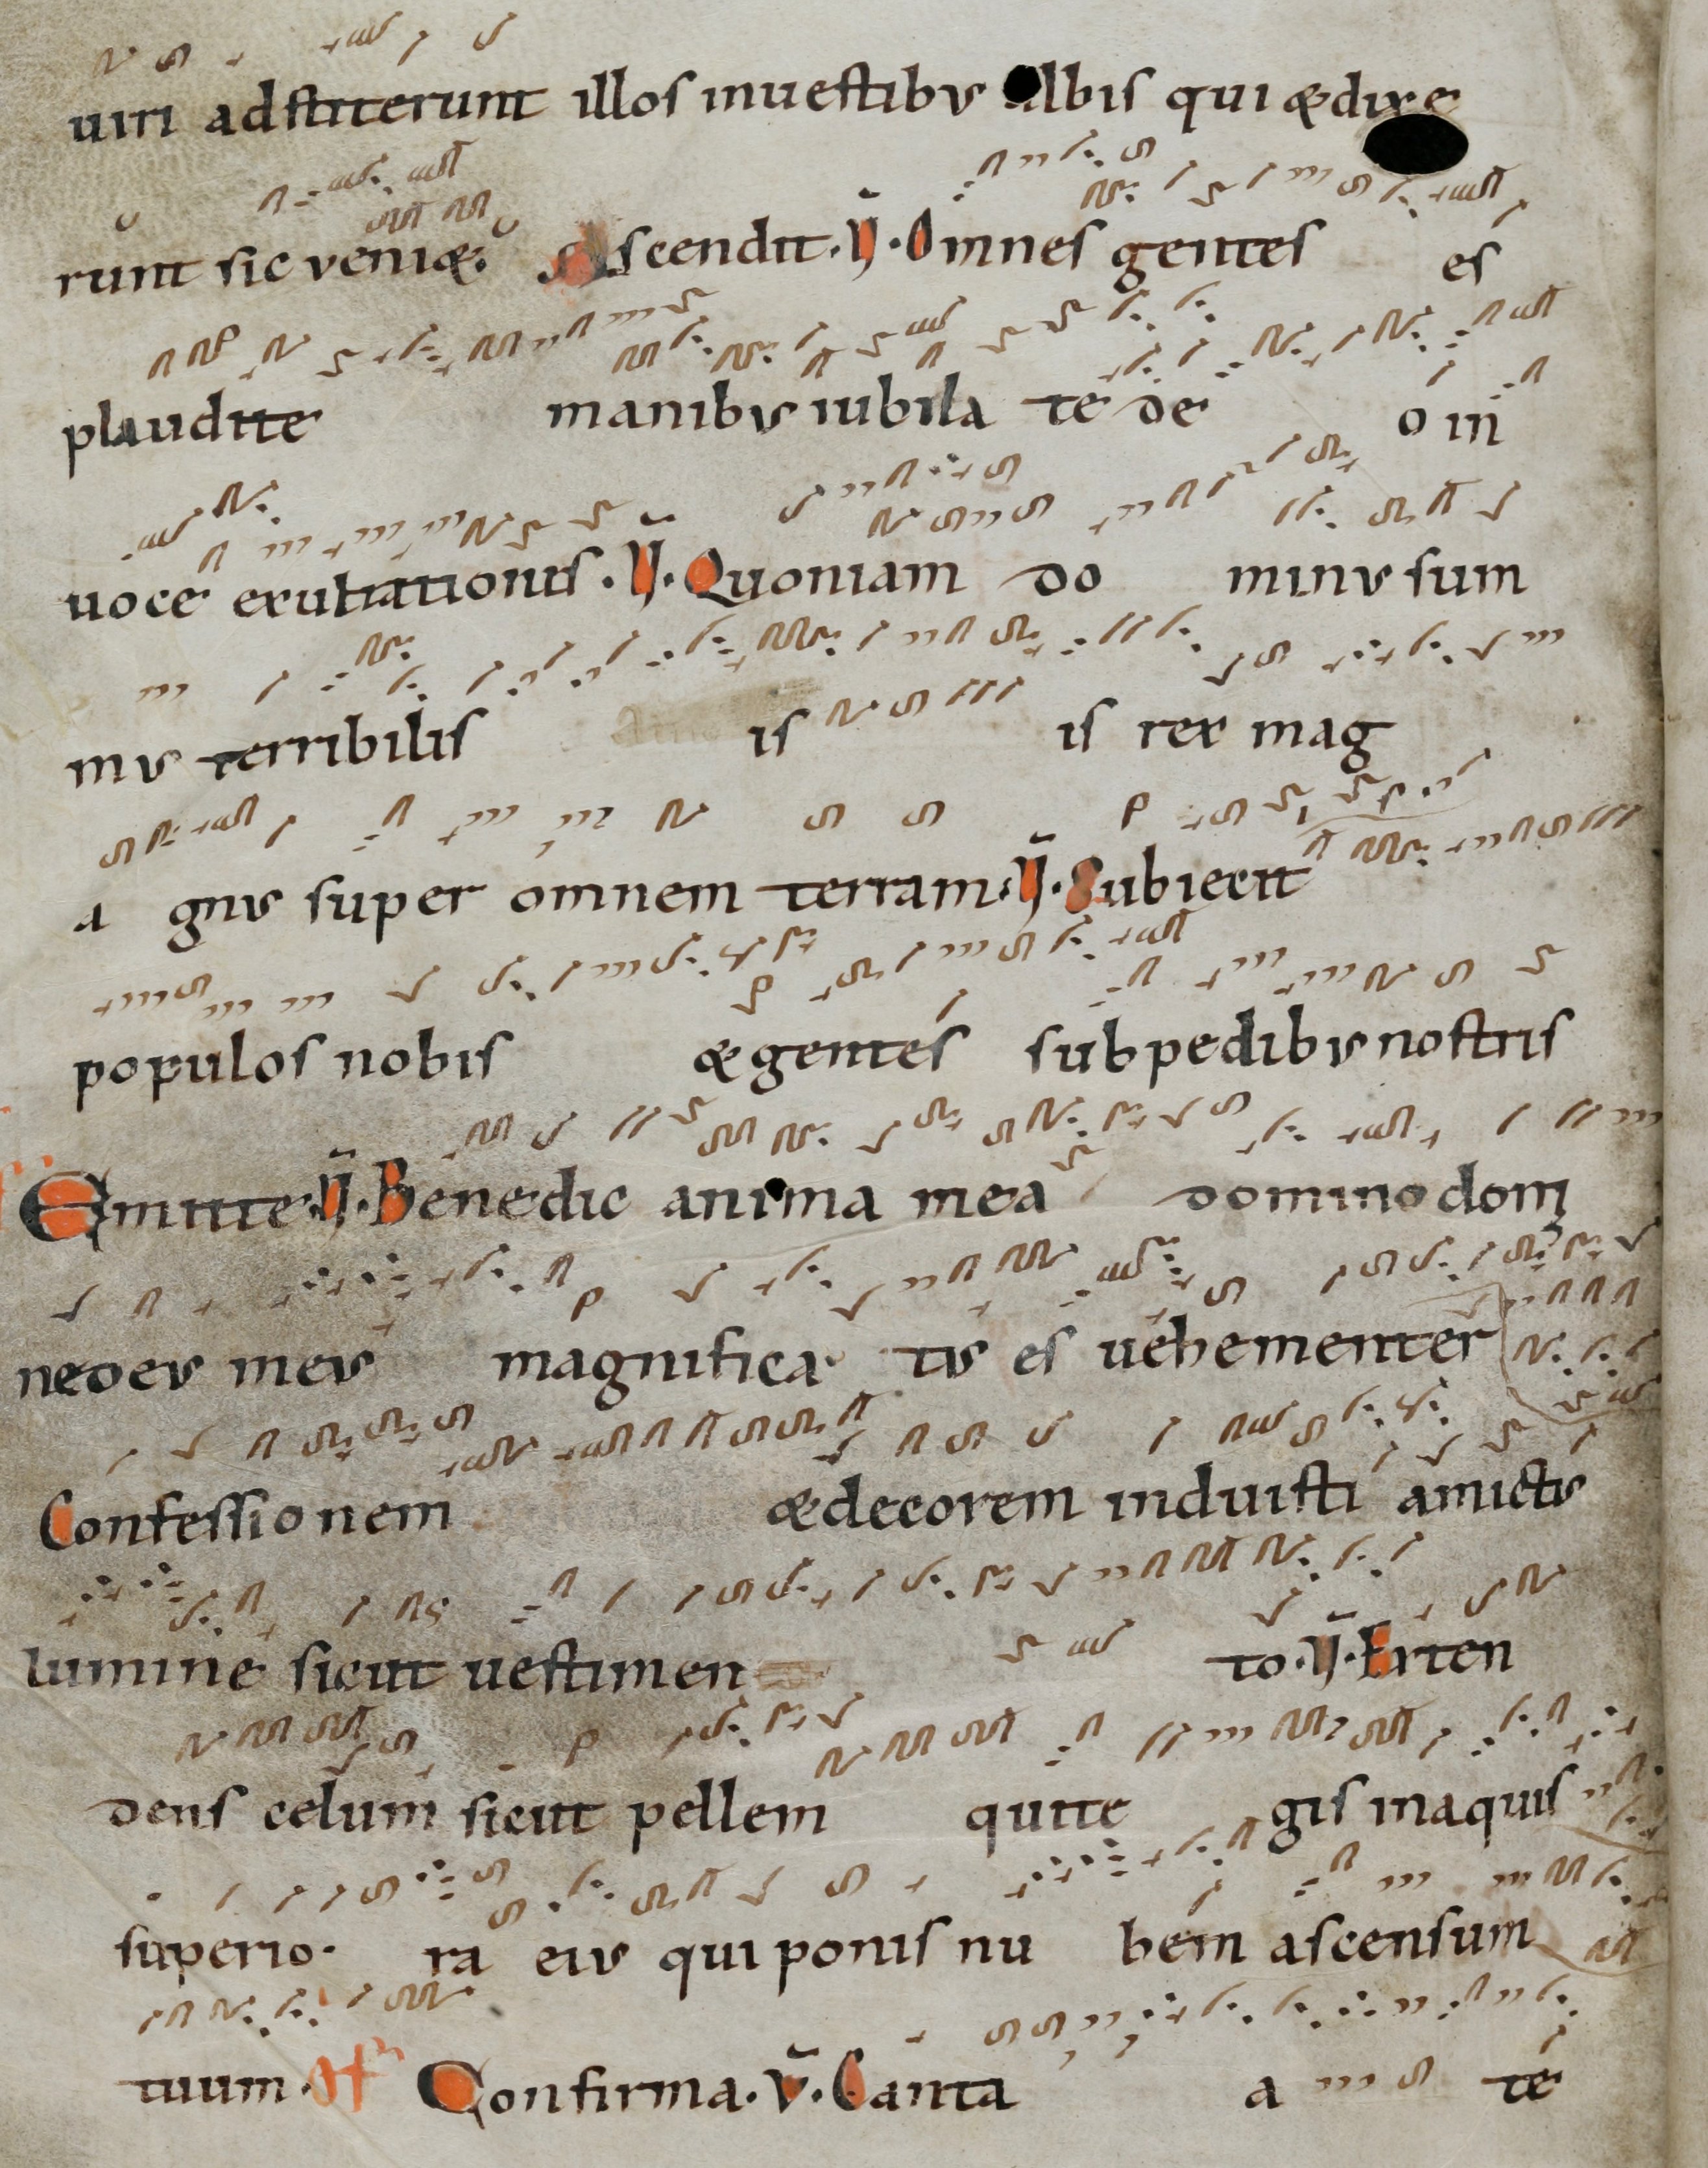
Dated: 1000–1099